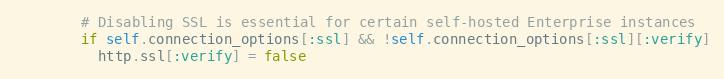
Language: Ruby
        # Disabling SSL is essential for certain self-hosted Enterprise instances
        if self.connection_options[:ssl] && !self.connection_options[:ssl][:verify]
          http.ssl[:verify] = false